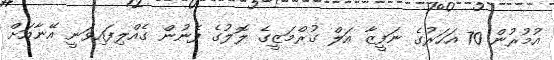
އުމުރުން 70 އަހަރުގެ ނަފީޒާ އަލް ގުރްމަޒީގެ ލޮލުގެ ފެނުން ގެއްލިފައިވަނީ އޭނާއަށް